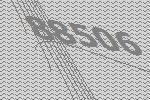
88506